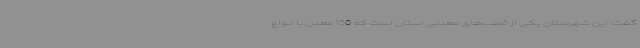
گفت: این شهرستان یکی از قطب‌های معدنی استان است که 150 معدن با انواع